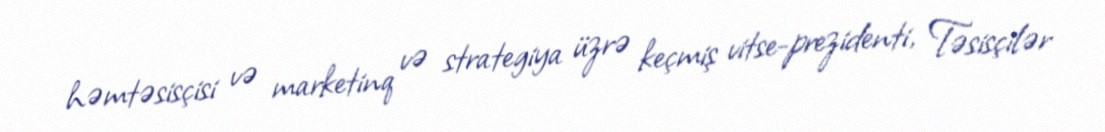
həmtəsisçisi və marketinq və strategiya üzrə keçmiş vitse-prezidenti, Təsisçilər